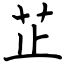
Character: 芷